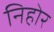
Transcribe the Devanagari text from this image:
निहोर